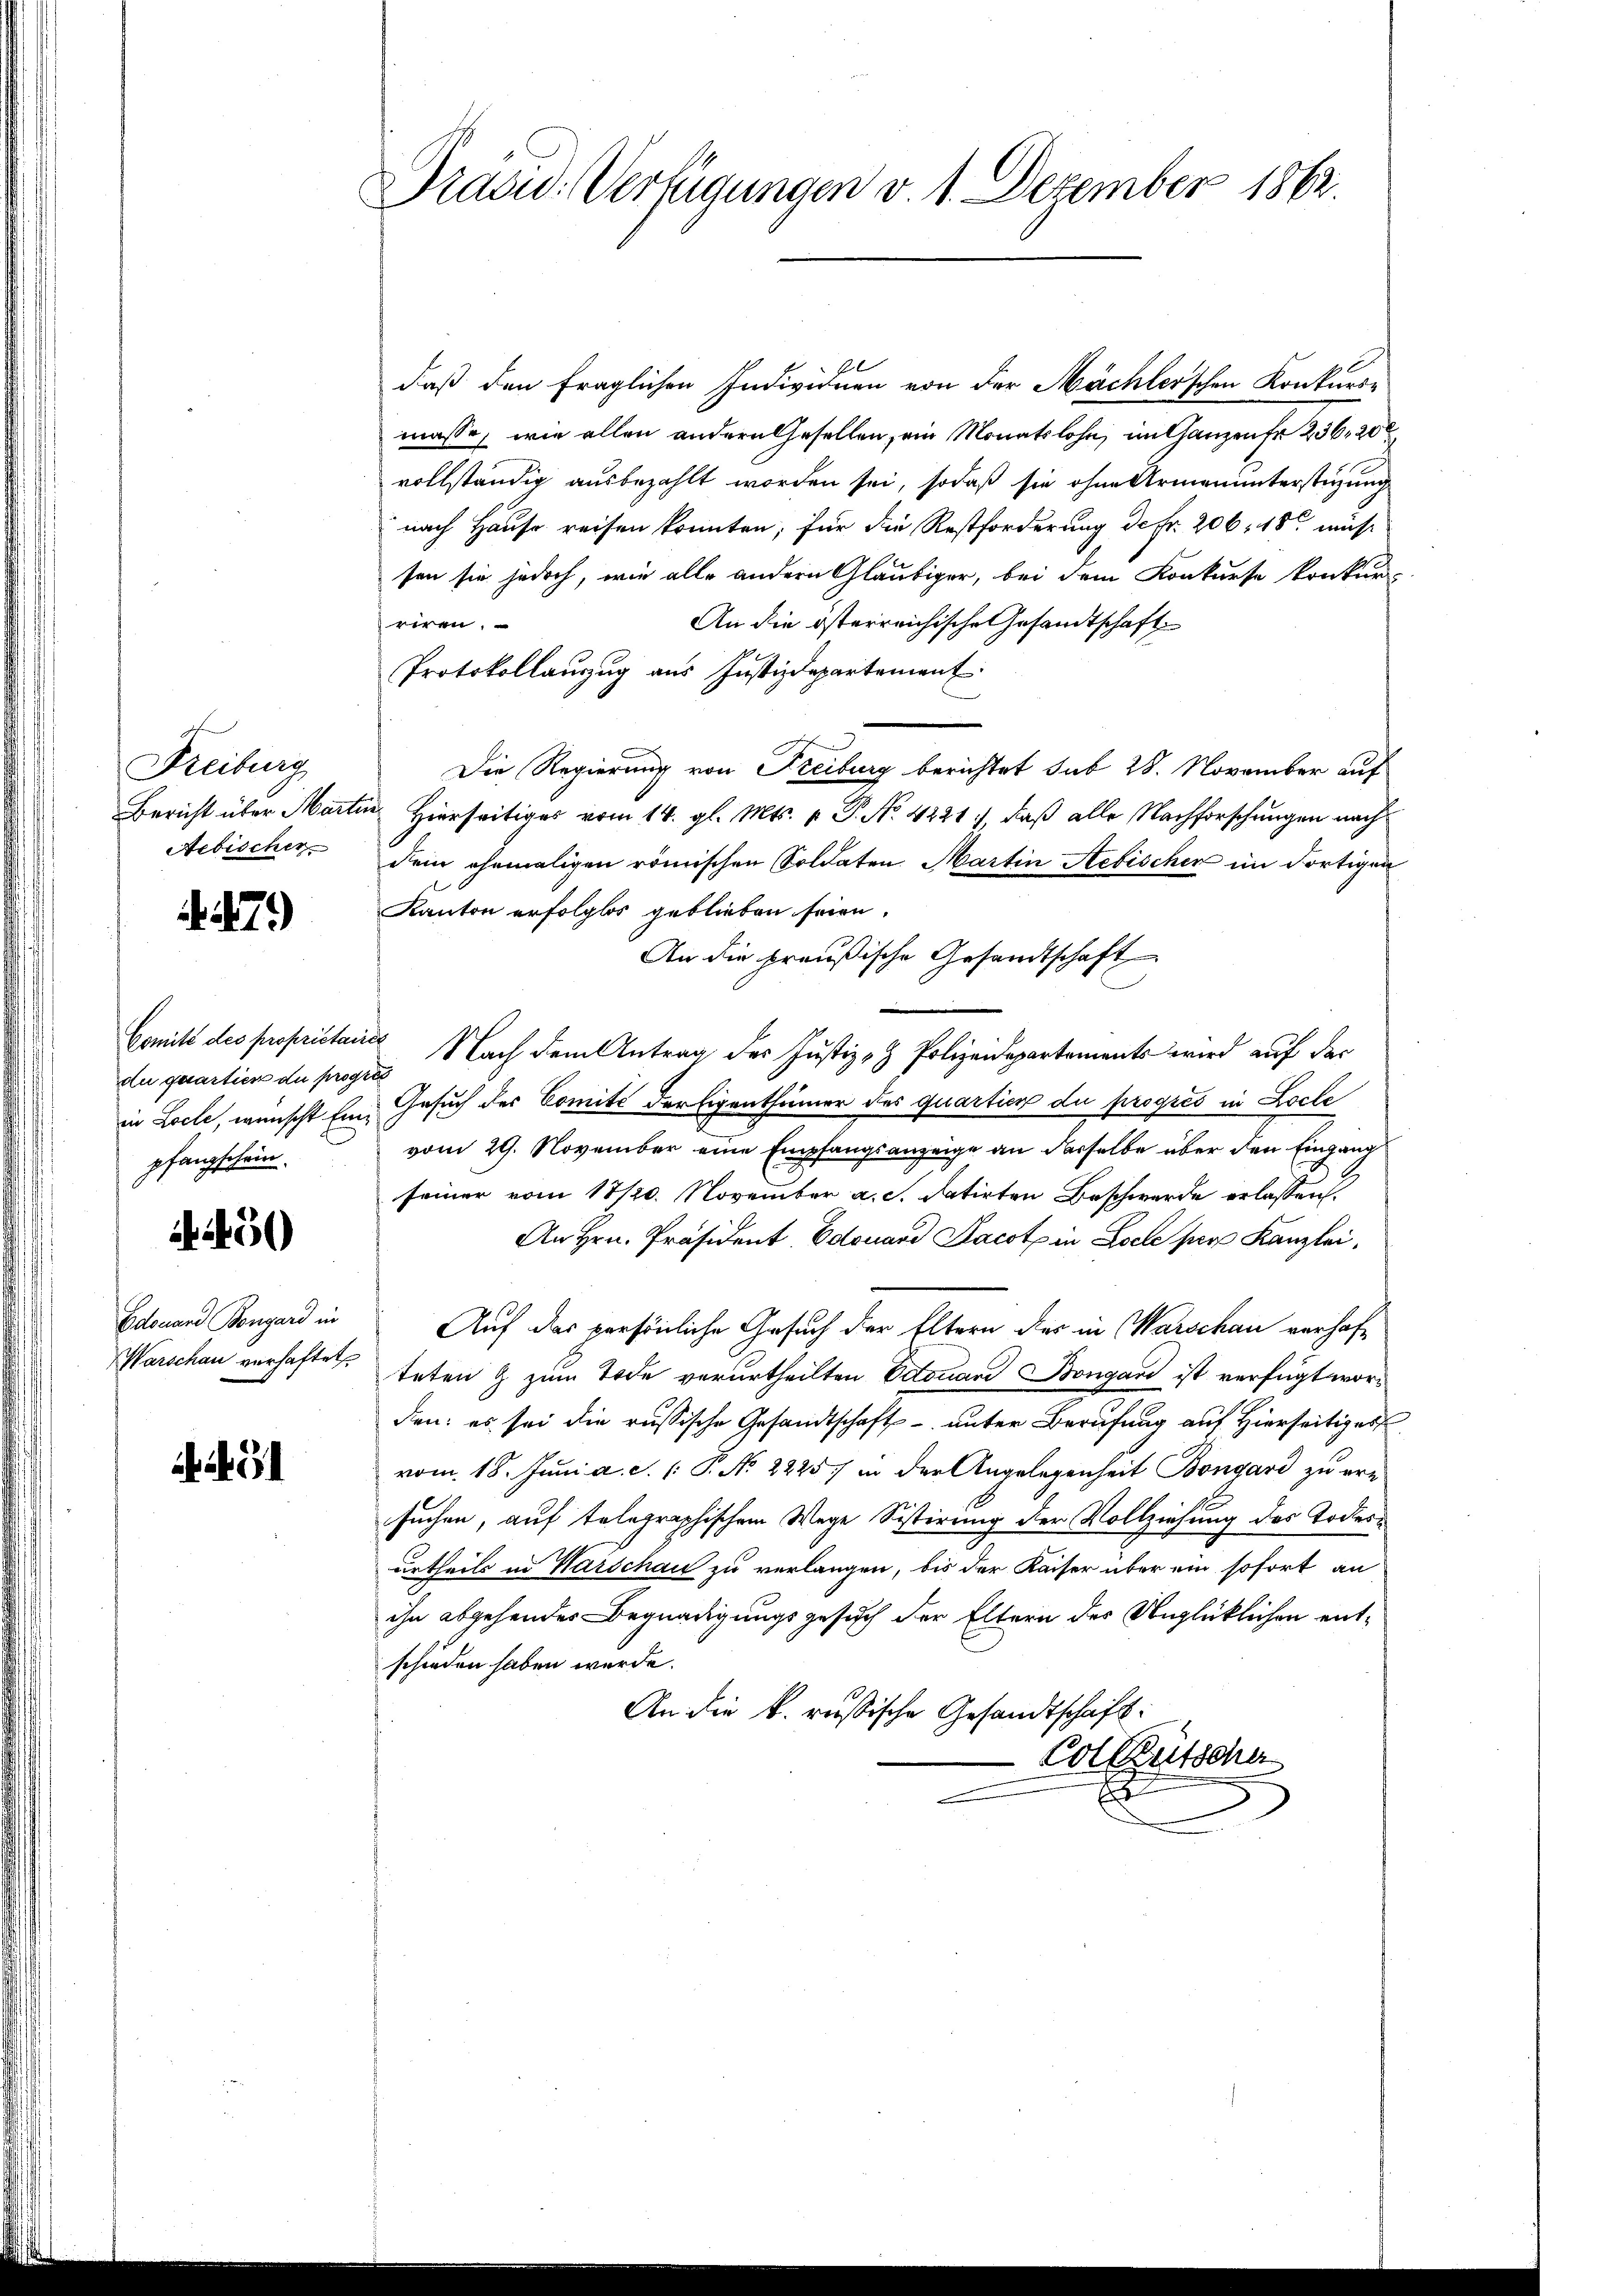
Freiburg
Bericht über Martin
Aebischer

7)

Comité des propriétair
du quartien du prog
in Loche, wünscht Einpfangschein.
.56)
Edouard Bongard in
Warschau verhaftet

iit

Drad: Verfügungen v. 1. Dezember 1862

daß den fraglichen Individuen von der Mächlerschen Konkurs-
masse, wie allen andern Gesellen, ein Monatslohn, intanzenfe 236, 200
vollständig ausbezahlt worden sei, sodaß sie ohne Armenunterstüzung
nach Hause reisen konnten, für die Restforderung de Fr. 206. 48 müsse
sen sie jedoch, wie alle andern Gläubiger, bei dem Konkurse konkur-
An die österreichische Gesandtschaft
riren.
Protokollauszug aus Justizdepartement
Die Regierung von Freiburg berichtet sub 28. November auf
u Hierseitiges vom 14. gl. Mts. p. P. No. 4221), daß alle Nachforschungen nach
dem ehemaligen römischen Soldaten Martin Aebischer im dortigen
Kanton erfolglos geblieben seien.
An die preußische Gesandtschaft
 Nach dem Antrag des Justiz- & Polizeidepartements wird auf der
d
Gesuch der Comité der Eigenthümer des quartien du provics in Locle
vom 29. November eine Empfangsanzeige an derselbe über den Eingang
seiner vom 17/20. November a. c. datirten Beschwerde erlassen.
An Hrn. Präsident. Edouard Jacot in Esel ser Kanzlei,
Auf das persönliche Gesuch der Eltern des in Warschau verhafteten & zum Tode verurtheilten Edouard Bongand ist verfügt worden: es sei die russische Gesandtschaft unter Berufung auf Hierseitiges
vom 18. Juni a. d. 1. P. No 2225) in der Angelegenheit Bongard zu ern
suchen, auf telegraphischem Wege Sistirung der Vollziehung des Todesurtheils in Warschau zu verlangen, bis der Kaiser über ein sofort an
ihn abgehendes Begnadigungsgesuch der Eltern des Unglücklichen entschieden haben werde.
An die k. russische Gesandtschaft:
Coleütscher
x